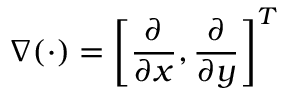
\boldsymbol { \nabla } ( \cdot ) = \left[ \frac { \partial } { \partial x } , \frac { \partial } { \partial y } \right] ^ { T }